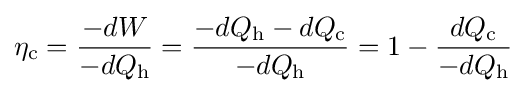
\eta _{\mathrm {c} }={\frac {-dW}{-dQ_{\mathrm {h} }}}={\frac {-dQ_{\mathrm {h} }-dQ_{\mathrm {c} }}{-dQ_{\mathrm {h} }}}=1-{\frac {dQ_{\mathrm {c} }}{-dQ_{\mathrm {h} }}}